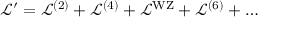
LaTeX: \mathcal { L } ^ { \prime } = \mathcal { L } ^ { ( 2 ) } + \mathcal { L } ^ { ( 4 ) } + \mathcal { L } ^ { \mathrm { W Z } } + \mathcal { L } ^ { ( 6 ) } + \ldots